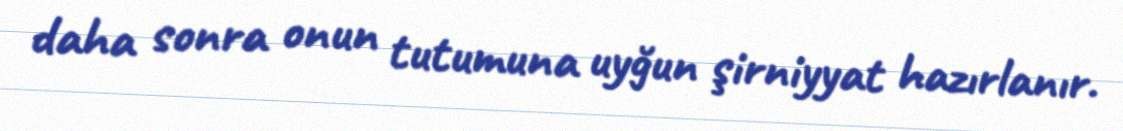
daha sonra onun tutumuna uyğun şirniyyat hazırlanır.